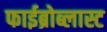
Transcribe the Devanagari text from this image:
फाईब्रोब्लास्ट